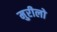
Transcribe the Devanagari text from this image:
मुरीलो